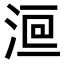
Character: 𣷻